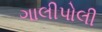
ગાલીપોલી